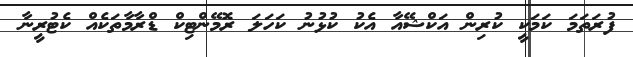
ފުރަތަމަ ކަމަކީ ކުރިން އަކްޝޭއާ އެކު ކުޅުނު ކަހަލަ ރޮމޭންޓިކް ޑްރާމާތަކެއް ކެޓުރީނާ